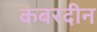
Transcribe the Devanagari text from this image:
कबरदीन